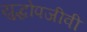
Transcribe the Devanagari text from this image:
युद्धोपजीवी